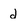
Character: d